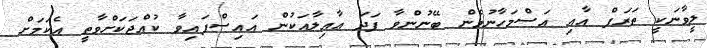
ލީވާނަކީ ތަރަފް އާއި އަސްމަހާނުމެން ބޭނުންވާ ފަދަ ޢާއިލާއަކުން އައިސްފައިވާ ކުއްޖަކަށްވާތީ އެކަމަށް